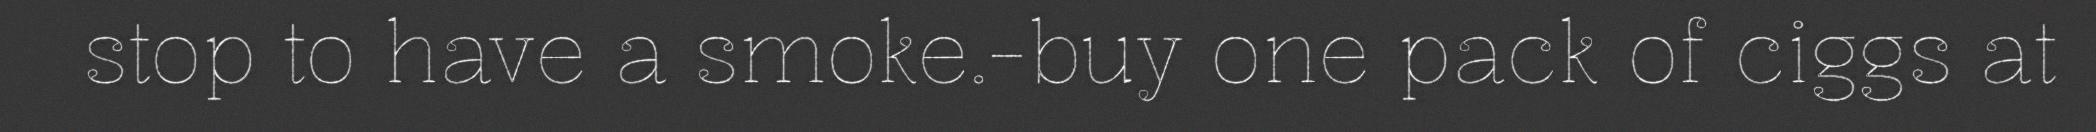
stop to have a smoke.-buy one pack of ciggs at